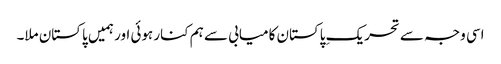
اسی وجہ سے تحریکِ پاکستان کامیابی سے ہم کنار ہوئی اور ہمیں پاکستان ملا۔